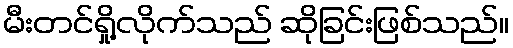
မီးတင်ရှို့လိုက်သည် ဆိုခြင်းဖြစ်သည်။